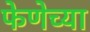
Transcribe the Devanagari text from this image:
फेणेच्या